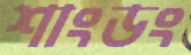
শাংডং